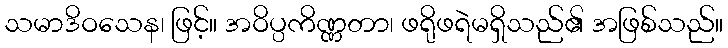
သမာဒိဝသေန၊ ဖြင့်။ အဝိပ္ပကိဏ္ဏတာ၊ ဖရိုဖရဲမရှိသည်၏ အဖြစ်သည်။